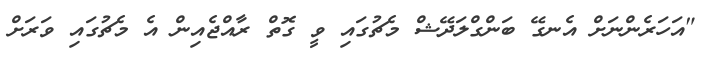
"އަހަރެންނަށް އެނގޭ ބަންގްލަދޭޝް މެޗުގައި ވީ ގޮތް ރާއްޖެއިން އެ މެޗުގައި ވަރަށް